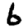
Digit: 6